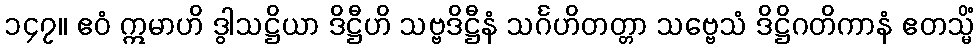
၁၄၇။ ဧဝံ ဣမာဟိ ဒွါသဋ္ဌိယာ ဒိဋ္ဌီဟိ သဗ္ဗဒိဋ္ဌီနံ သင်္ဂဟိတတ္တာ သဗ္ဗေသံ ဒိဋ္ဌိဂတိကာနံ ဧတသ္မိံ